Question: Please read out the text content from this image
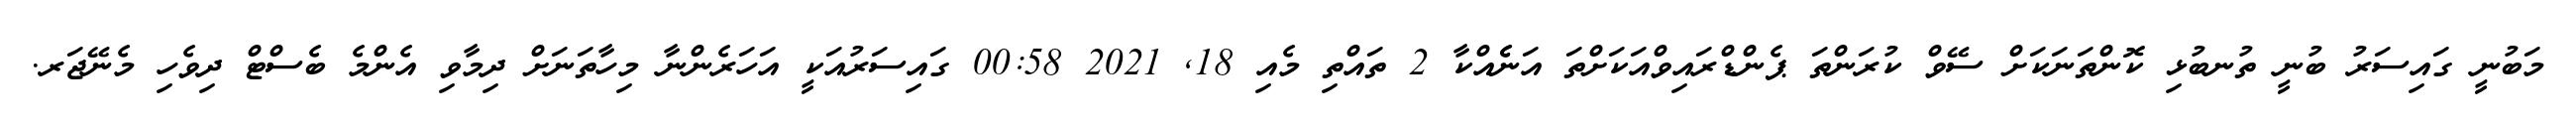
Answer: މަބުނީ ގައިސަރު ބުނީ ތުނބުޅި ކޮންތަނަކަށް ސޭވް ކުރަންތަ ޕެންޑްރައިވްއަކަށްތަ އަނެެއްކާ 2 ތައްތި މެއި 18, 2021 00:58 ގައިސަރުއަކީ އަހަރެންނާ މިހާތަނަށް ދިމާވި އެންމެ ބެސްޓް ދިވެހި މެނޭޖަރ.